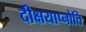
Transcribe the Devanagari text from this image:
दीक्षयाप्नोति